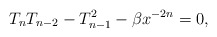
\begin{align*} T_nT_{n-2} -T_{n-1}^2 -\beta x^{-2n}=0,\end{align*}